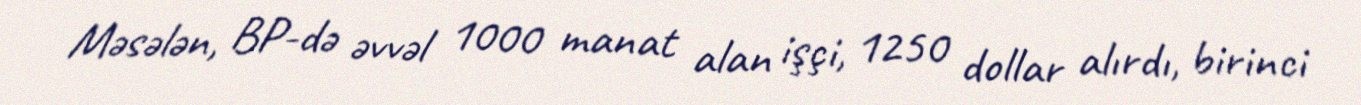
Məsələn, BP-də əvvəl 1000 manat alan işçi, 1250 dollar alırdı, birinci